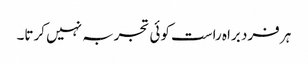
ہر فرد براہ راست کوئی تجربہ نہیں کرتا۔